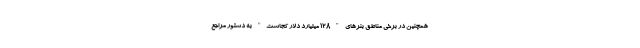
همچنین در برخی مناطق بنرهای "128 میلیارد دلار کجاست" به دستور مراجع